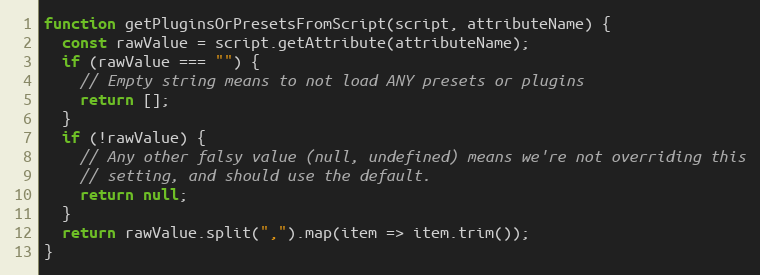
Language: JavaScript
function getPluginsOrPresetsFromScript(script, attributeName) {
  const rawValue = script.getAttribute(attributeName);
  if (rawValue === "") {
    // Empty string means to not load ANY presets or plugins
    return [];
  }
  if (!rawValue) {
    // Any other falsy value (null, undefined) means we're not overriding this
    // setting, and should use the default.
    return null;
  }
  return rawValue.split(",").map(item => item.trim());
}